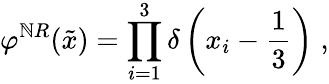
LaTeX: \varphi^{\mathbb{N}R}(\tilde{{x}})=\prod_{i=1}^{3}\delta\left(x_{i}-\frac{{1}}{{3}}\right)\; ,